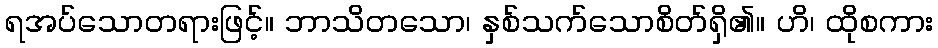
ရအပ်သောတရားဖြင့်။ ဘာသိတသော၊ နှစ်သက်သောစိတ်ရှိ၏။ ဟိ၊ ထိုစကား